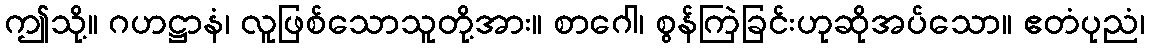
ဤသို့။ ဂဟဋ္ဌာနံ၊ လူဖြစ်သောသူတို့အား။ စာဂေါ၊ စွန်ကြဲခြင်းဟုဆိုအပ်သော။ ဧတံပုညံ၊